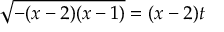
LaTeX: { \sqrt { - ( x - 2 ) ( x - 1 ) } } = ( x - 2 ) t